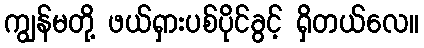
ကျွန်မတို့ ဖယ်ရှားပစ်ပိုင်ခွင့် ရှိတယ်လေ။